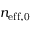
n _ { \mathrm { e f f , 0 } }